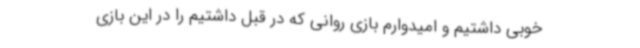
خوبی داشتیم و امیدوارم بازی روانی که در قبل داشتیم را در این بازی